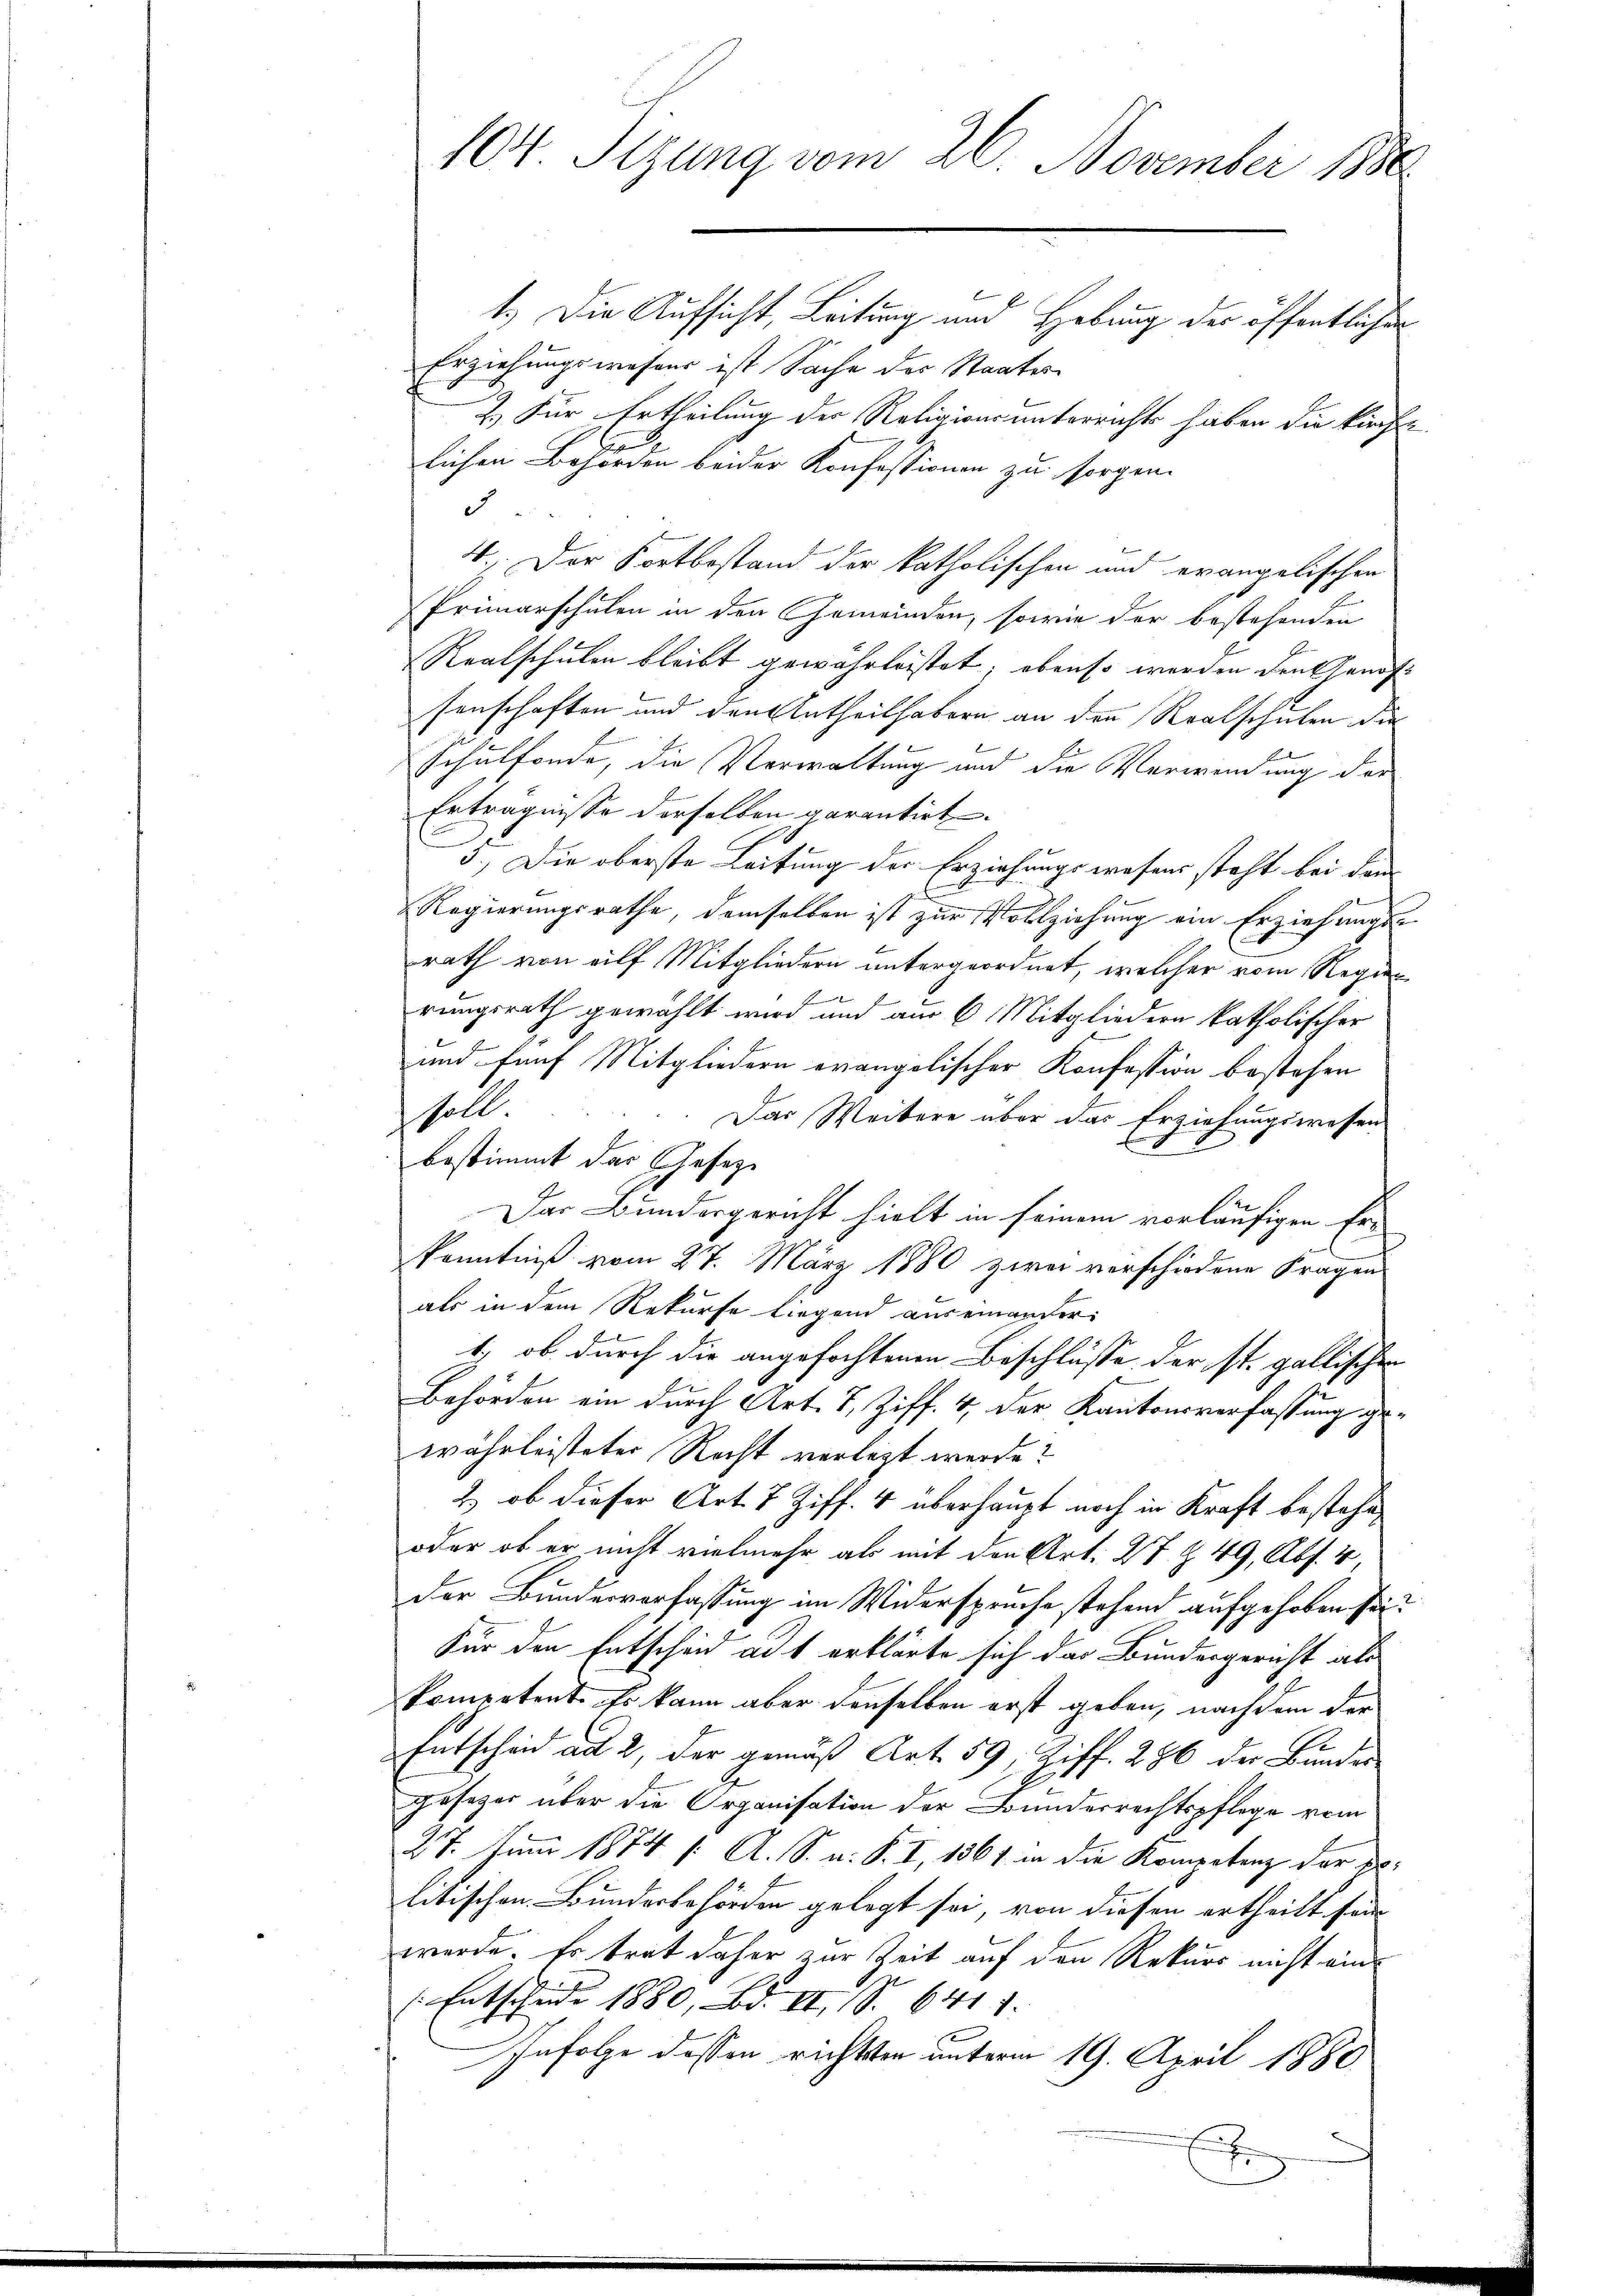
104. Sizung vom 26. November 1880

1.) Die Aufsicht, Leitung und Hebung der öffentlicher
Erziehungswesens ist Sache des Staates
2.) Für Ertheilung der Religionsunterrichts haben die kirche
n
lichen Behörden beider Konfessionen zu sorgen.
5
4. Der Fortbestand der katholischen und evangelischen
Primarschulen in den Gemeinden, sowie der bestehenden
Realschulen bleibt gewährleistet; ebenso werden den Handfe
senschaften und den Antheilhabern an den Realschulen die
Schulfonde, die Verwaltung und die Verwendung der
Erträgnisse derselben garantirt.
5.) Die oberste Leitung der Erziehungswesens steht bei dem
Regierungsrathe, demselben ist zur Vollziehung ein Erziehungsrath von eilf Mitgliedern untergeordnet, welcher vom Regien
E
rungsrath gewählt wird und am 6. Mitgliedern katholischer
und fünf Mitgliedern evangolischer Konfession bestehen
soll
Das Weitere über das Erziehungswesen
bestimmt das Gesez¬
Der Bundesgericht hielt in seinem vorläufigen Er¬
Kenntniß vom 27. März 1880 zwei verschiedene Fragen
als in dem Rekurse liegend auseinander
t) ob durch die angefochtenen Beschlüsse der st. gallischen
Behörden ein durch Art. 7, Ziff. 4, der Kantonsverfassung gewährleisteter Recht verlegt werde?
2) ob dieser Art. 7 Ziff. 4 überhaupt noch in Kraft bestehe,
oder ob er nicht vielmehr als mit den Art. 27 § 49, Abs. 4,
der Bundesverfassung im Widerspruche stehend aufgehoben sei.
Für den Entscheid ad 1 erklärte, sich das Bundesgericht als
kompetent. Es kann aber denselben erst geben, nach dem der
Entscheid ad 2, der gemäß Art. 59 Ziff. 286 der Bunder
gesezes über die Organisation der Bundesrechtspflege vom
27. Juni 1874 /: A. S. u. S. I, 1861 in die Kompetenz der pr.
litischen Bundesbehörden gelegt sei, von diesen ertheilt sein
werde. Er trat daher zur Zeit auf den Rekurs nicht ein¬
 Entscheide 1880, Bd. II S. 6417.
Infolge dessen richtsten unterm 19. April 1880